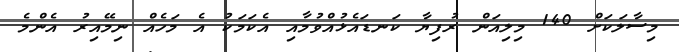
މިސާލަކަށް 140 މިލިއަން ރުފިޔާ ކަނޑައެޅުއްވުމާއި އެކަމަކު އެ މަހެއް ނިމޭއިރު އެންމެ